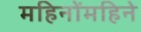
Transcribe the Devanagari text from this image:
महिनोंमहिने